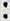
: